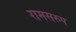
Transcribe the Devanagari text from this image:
रामसरुप